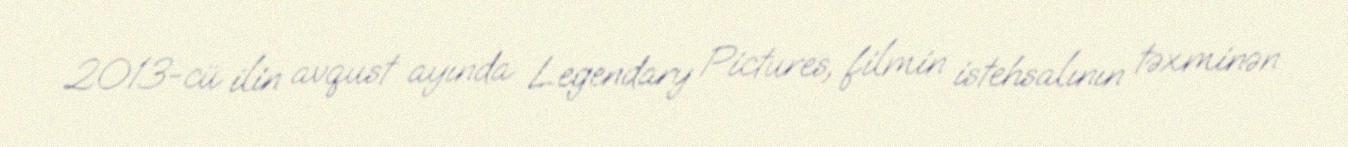
2013-cü ilin avqust ayında Legendary Pictures, filmin istehsalının təxminən